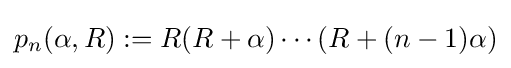
p_{n}(\alpha ,R):=R(R+\alpha )\cdots (R+(n-1)\alpha )